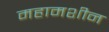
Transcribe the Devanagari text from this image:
महामशीन